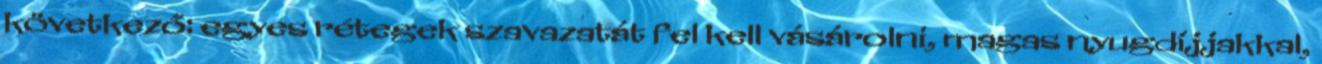
következő: egyes rétegek szavazatát fel kell vásárolni, magas nyugdíjjakkal,